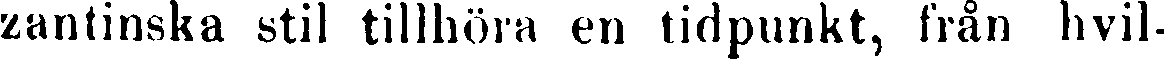
zantinska stil tillhöra en tidpunkt, från hvil-